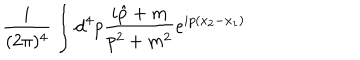
\frac { i } { ( 2 \pi ) ^ { 4 } } \int { \mathrm d } ^ { 4 } p \frac { i \hat { p } + m } { p ^ { 2 } + m ^ { 2 } } e ^ { i p ( x _ { 2 } - x _ { 1 } ) }